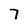
Character: 7